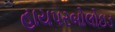
હાયપરબોલોઇડ